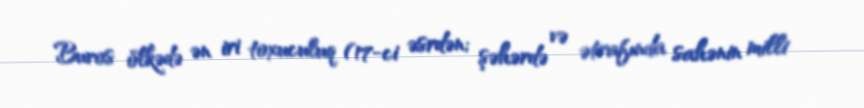
Buros ölkədə ən iri toxuculuq (17-ci əsrdən; şəhərdə və ətrafında sahənin milli